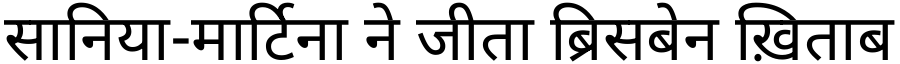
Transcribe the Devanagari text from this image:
सानिया-मार्टिना ने जीता ब्रिसबेन ख़िताब